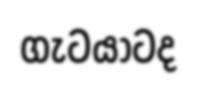
ගැටයාටද